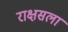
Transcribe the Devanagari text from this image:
राक्षसला